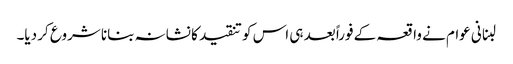
لبنانی عوام نے واقعہ کے فوراً بعد ہی اس کو تنقید کا نشانہ بنانا شروع کر دیا۔